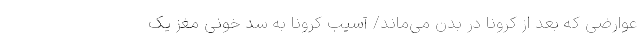
عوارضی که بعد از کرونا در بدن می‌ماند/ آسیب کرونا به سد خونی مغز یک